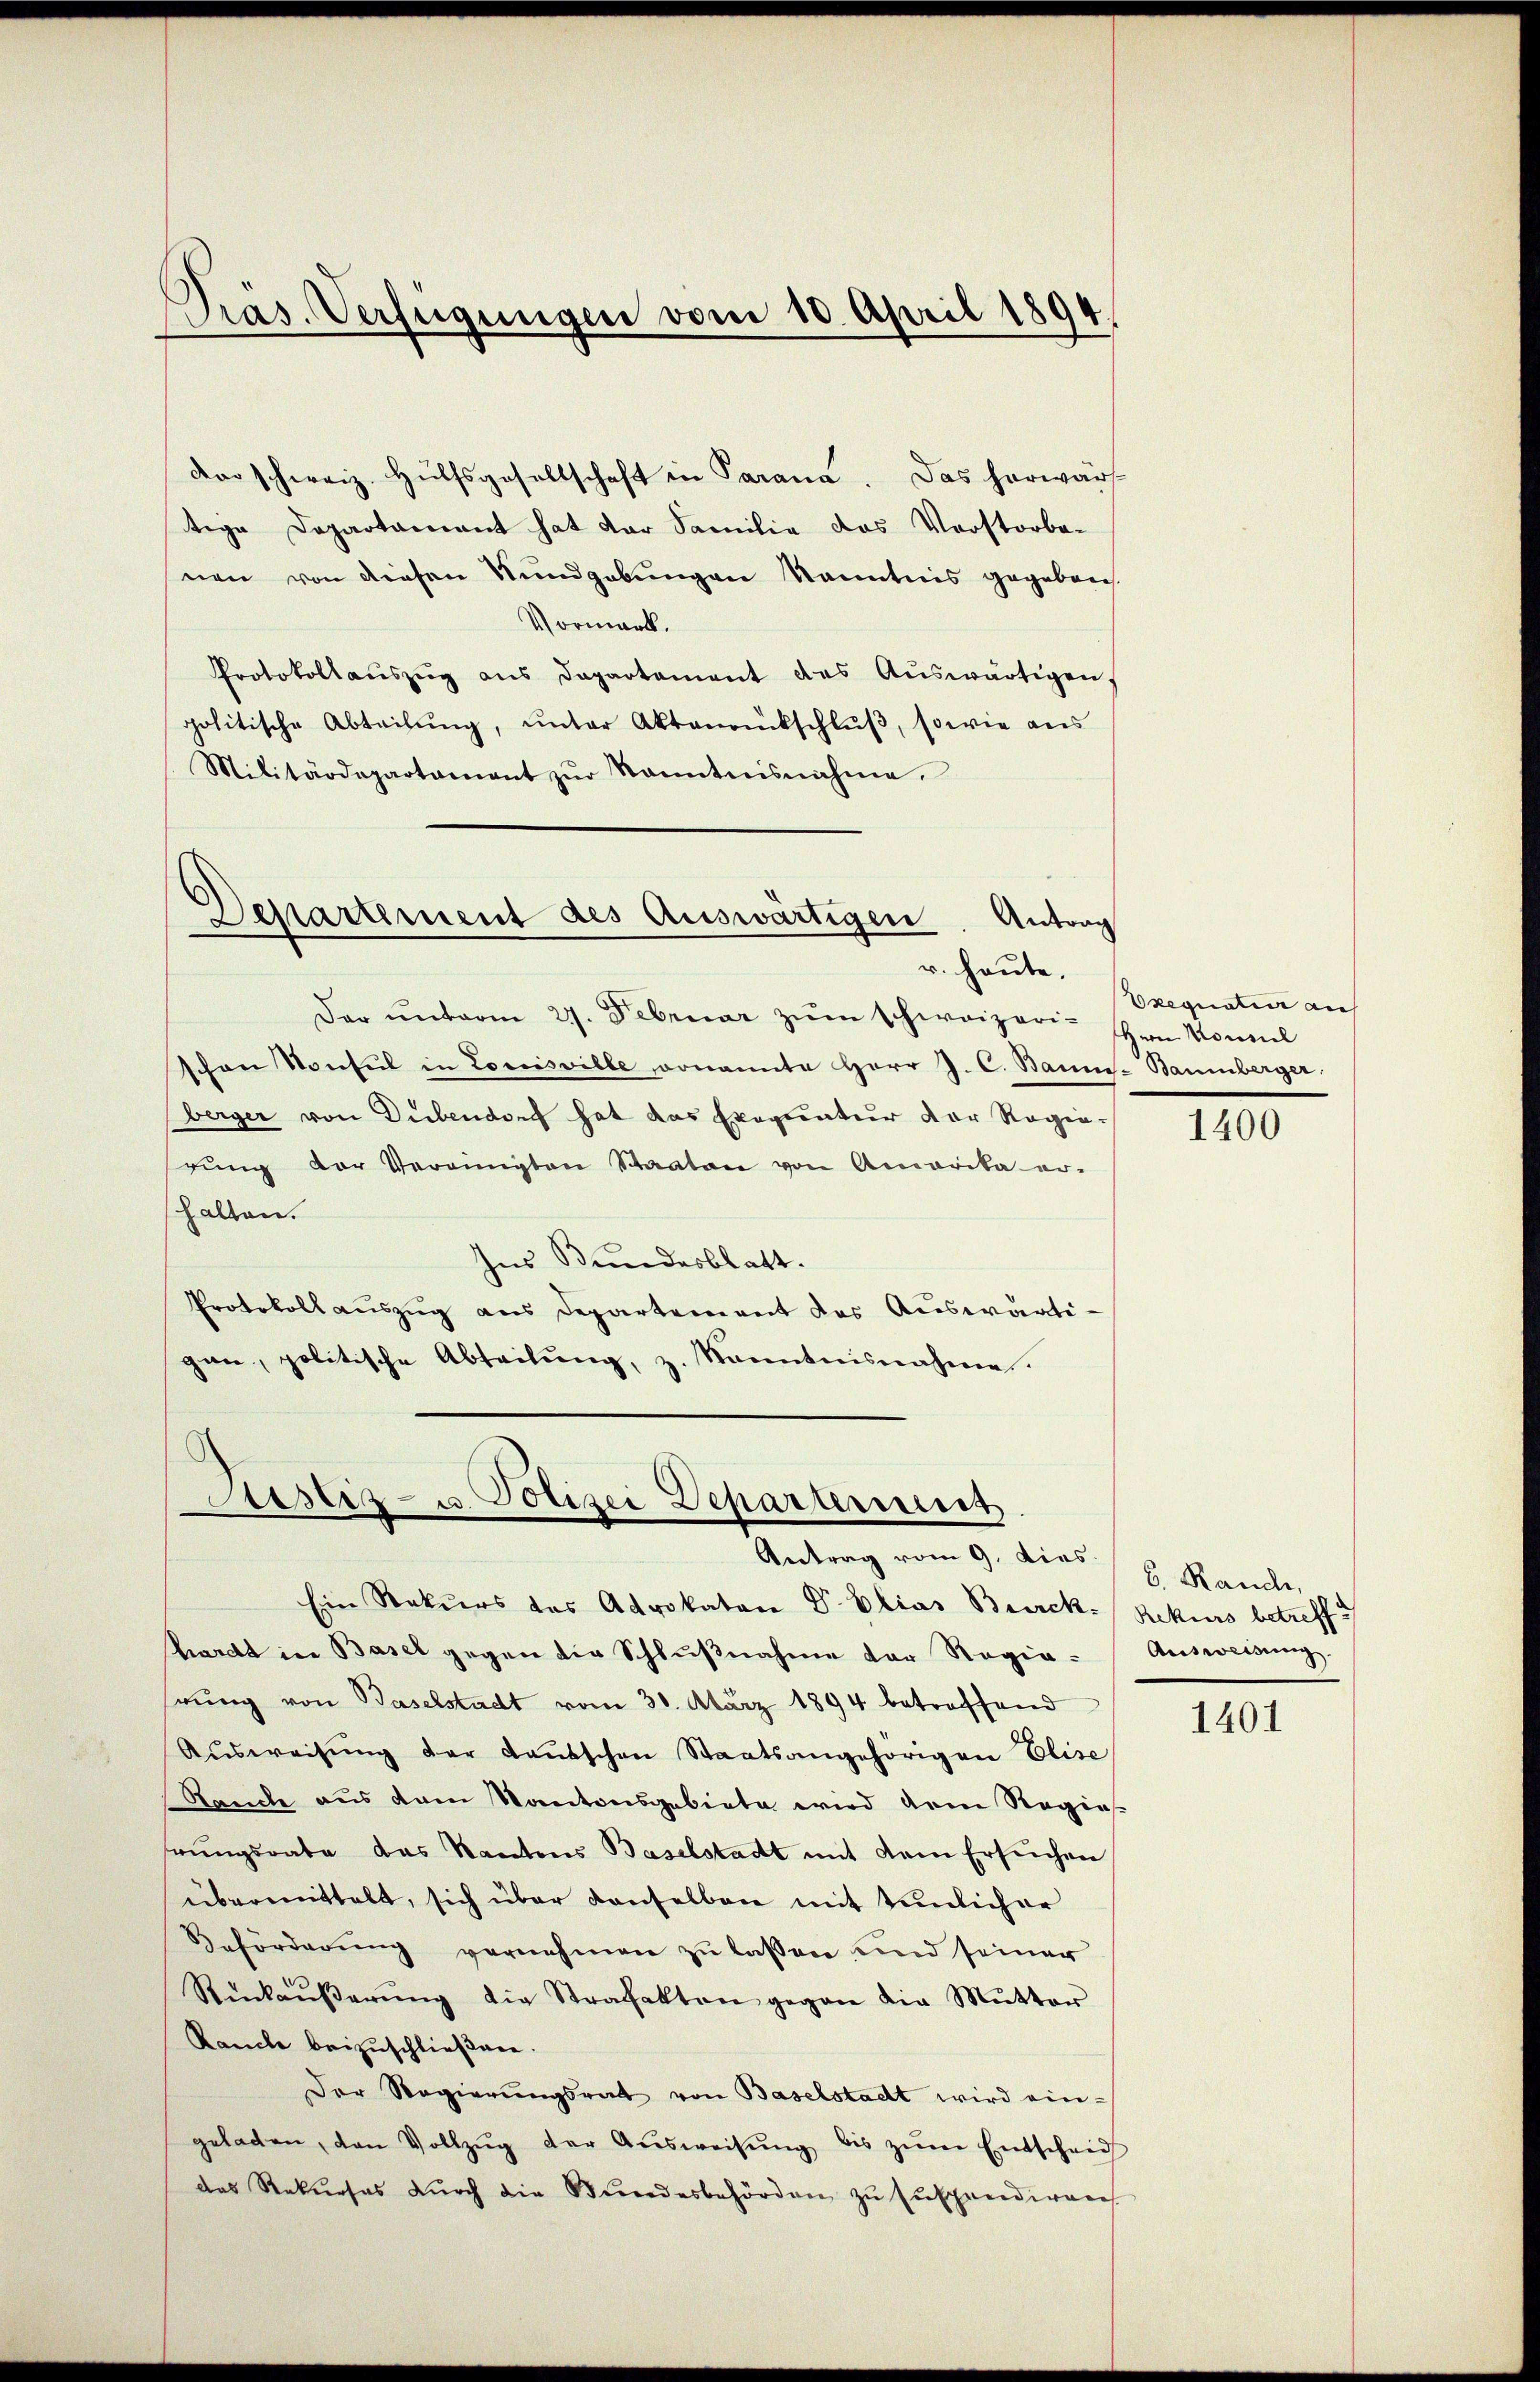
Pras. Verfügungen vom 10. April 1894

dem schweiz. Hülfsgesellschaft in Parana. Das herwarf
tige Departariant hat der Familie das Vorstorbe-
nen von diesen Wundgebungen Kanntnis gegeben
Vormerk.
Protokollaŭszŭg ans Departement des Aŭswärtigen,
politische Abteilŭng, ŭnter Aktenrückschlŭβ, sowie aus
Militärdepartament zŭr Sanntnisnahme.

Dar ŭnterm 27. Februar zŭm schweizeri- Hrn. Konnel
schen Konsul in Louisville donannte Herr J. C. Baum-Baumberger
berger von Dübendorf hat das Exequatur der Regierŭng der Vereinigten Staaten von Amerika er-
shalten.
Ins Bundesblatt.
Protokollauszug aus Departement des Auswärtigan, politische Abteilŭng, z. Kanntnisnahme.

Departement des Auswärtigen. Antrag
r. heute,

serz- u. Polizei Departerner
Antrag vom 9. Dies / H. Rande,

Exequaten an

Ein Rekurs des Advokator Dr. Elias Burck- Rekurs betreff
Karcht in Basel gegen die Schlußnahme der Regiehrung von Baselstadt vom 30. März 1894 betreffend
Aŭsweisŭng der Laŭtschen Staatsangehörigen Elise
Rauche aus dem Kantonsgebiete wird dem Regie
rungsrate das Kantons Baselstadt mit dem Ersuchen
übermittelt, sich über denselben mit tunlicher
Beförderŭng vernehmen zu lassen und seiner
Rükaŭβerŭng die Strafakten gegen die Mutter
Rancle beizuschließene.
Der Regierungsrath von Baselstadt wird ein-
geladen, den Vollzŭg der Aŭsweisŭng bis zŭm Entscheid
das Rekurses dŭrch die Bŭndesbehörden zŭ Euspendiares

1400

Ausweisung.

1401